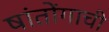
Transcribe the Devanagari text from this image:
षांतोंगाची